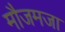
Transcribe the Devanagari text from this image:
मौजमजा